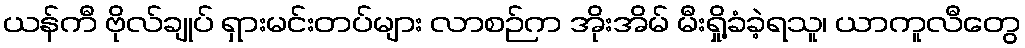
ယန်ကီ ဗိုလ်ချုပ် ရှားမင်းတပ်များ လာစဉ်က အိုးအိမ် မီးရှို့ခံခဲ့ရသူ၊ ယာကူလီတွေ